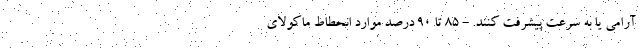
آرامی یا به سرعت پیشرفت کنند. - 85 تا 90 درصد موارد انحطاط ماکولای